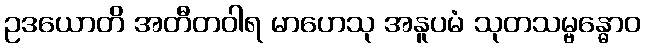
ဥဒယောတိ အတီတဝါရ မာဟေသု အနူပမံ သုတသမ္ဗန္ဓောဝ